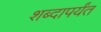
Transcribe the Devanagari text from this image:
शब्दापर्यंत